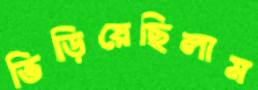
ভিড়িয়েছিলাম